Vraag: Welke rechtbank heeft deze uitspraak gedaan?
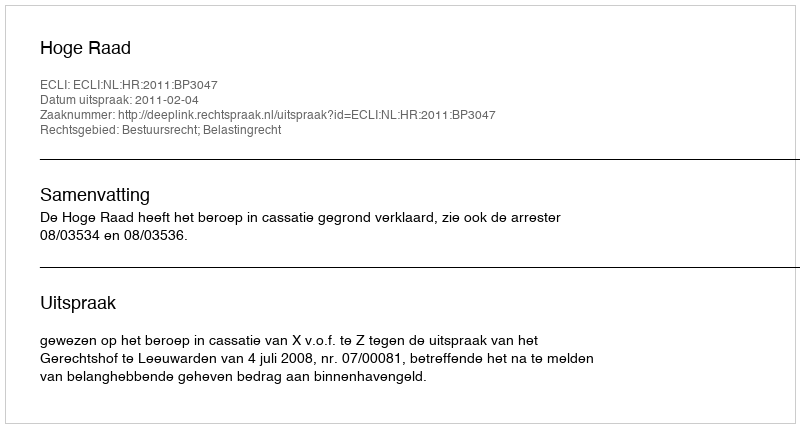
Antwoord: Hoge Raad